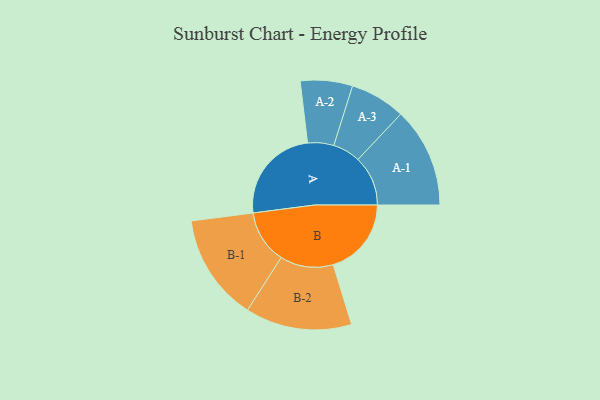
{"axis": {"x": "Segment", "y": "Value"}, "legend": ["", "A", "B"], "data": [{"x": "A", "y": 413, "type": ""}, {"x": "B", "y": 333, "type": ""}, {"x": "A-1", "y": 213, "type": "A"}, {"x": "A-2", "y": 111, "type": "A"}, {"x": "A-3", "y": 118, "type": "A"}, {"x": "B-1", "y": 228, "type": "B"}, {"x": "B-2", "y": 227, "type": "B"}]}